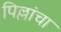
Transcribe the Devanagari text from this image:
पिल्लांचा